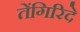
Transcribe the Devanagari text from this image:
तेंगिरिदे